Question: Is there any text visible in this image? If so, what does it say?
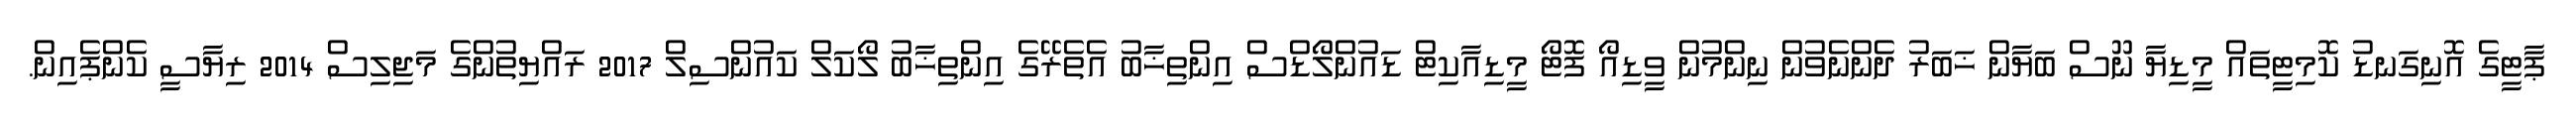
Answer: ޕާޓީގެ އޮނިގަނޑު ކޮމިޓީތައް މީޑިޔާ ނޫސް ބަޔާން ޚަބަރު ދެންނެވުން ނިންމުން ވީޑިއޯ ފޮޓޯ މީޑިއާކިޓް ޑައުންލޯޑްސް އިންތިޚާބު އެތެރޭގެ އިންތިޚާބު ލޯކަލް ކައުންސިލް 2017 ރައްޔިތުންގެ މަޖިލިސް 2014 ރިޔާސީ ކެންޕެއިން.